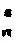
: